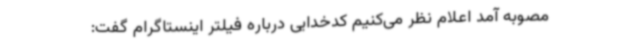
مصوبه آمد اعلام نظر می‌کنیم کدخدایی درباره فیلتر اینستاگرام گفت: